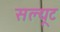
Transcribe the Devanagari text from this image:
सल्यूट